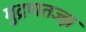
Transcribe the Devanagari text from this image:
मुद्रणतज्ज्ञ